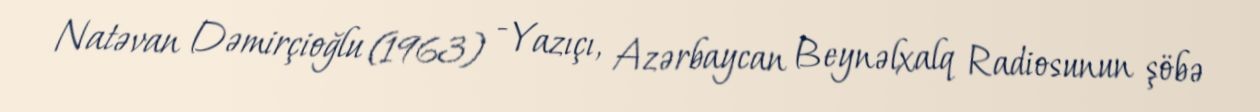
Natəvan Dəmirçioğlu (1963) - Yazıçı, Azərbaycan Beynəlxalq Radiosunun şöbə